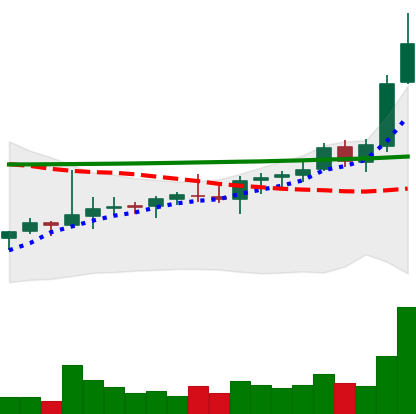
Ticker: ADA-USD
Chart end date: 2021-08-11
Forward return: 15.649%
Label: up_7plus